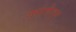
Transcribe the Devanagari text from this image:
जर्मनीतुन